Vaccination in the Punjab 1919-1929 - 1919-1929
Year: 1919
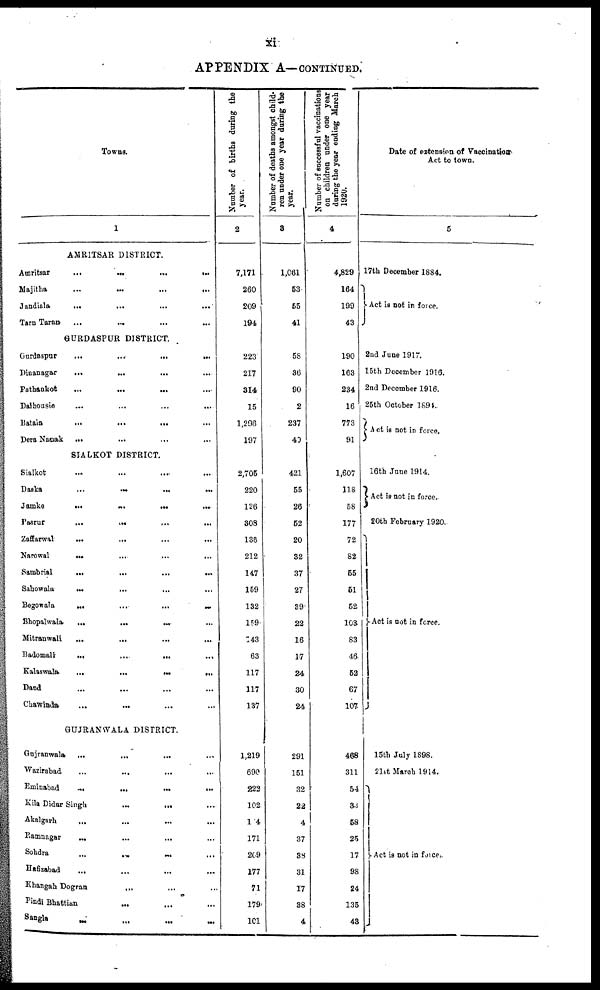
xi
APPENDIX A—CONTINUED.
Towns.
1
AMRITSAR DISTRICT.
Amritsar
...
...
...
...
Majitha ... ... ... ...
Jandiala
...
...
...
...
Tarn Taran ... ... ... ...
GURDASPUR DISTRICT.
Gurdaspur
...
...
...
...
Dinanagar ... ... ... ...
Pathankot ... ... ... ...
Dalhousie ... ... ... ...
Bataia ... ... ... ...
Dera Nanak
... ... ... ...
SIALKOT DISTRICT.
Sialkot ... ... ... ...
Daska
...
... ... ...
Jamke
... ... ... ...
Pasrur
...
... ... ...
Zoffarwal
...
...
...
...
Narowal
...
...
...
...
Sambrial
...
...
...
...
Sahowala
... ... ... ...
Begowala
...
...
...
...
Bhopalwala
...
...
... ...
Mitranwali
...
...
...
...
Badomali
...
...
... ...
Kalaswala.
...
...
...
...
Dand ... ... ... ...
Chawinda ... ... ... ...
GUJRANWALA DISTRICT.
Gujranwala
... ... ... ...
Wazirabad
...
... ... ...
Eminabad ... ... ... ...
Kila Didar Singh ... ... ...
Akalgarh ... ... ... ...
Ramnagar
... ...
... ...
Sohdra
...
... ... ...
Hafizabad ... ... ... ...
Khangah Dogran ... ... ...
Pindi Bhattian ... ... ...
sangla ... ... ... ...
Number of births during the
year.
2
7,171
260
209
194
223
217
314
15
1,298
197
2,705
220
126
303
138
212
147
159
132
159
143
63
117
117
137
1,219
690
222
102
104
171
269
177
71
179
101
Number of deaths amongst child-
ren under one year during the
year.
3
1,081
53
55
41
58
36
90
2
237
40
421
55
26
52
20
32
37
27
39
22
16
17
24
30
24
291
151
32
22
4
37
38
31
17
38
4
Number of successful vaccinations
on children under one year
during the year ending March
1920.
4
4,829
164
199
43
190
163
234
16
773
91
1,607
118
58
177
72
82
55
51
52
103
83
46
52
67
107
468
311
54
34
58
25
17
98
24
135
43
Date of extension of Vaccination
Act to town.
5
17th December 1884.
Act is not in force.
2nd June 1917.
15th December 1916.
2nd December 1916.
25th October 1894.
Act is not in force.
16th June 1914.
Act is not in force.
20th February 1920.
Act is not in force.
15th July 1898.
21st March 1914.
Act is not in force.